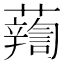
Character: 𧃈